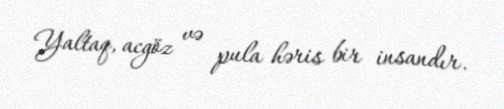
Yaltaq, acgöz və pula həris bir insandır.